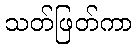
သတ်ဖြတ်ကာ